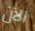
الآن